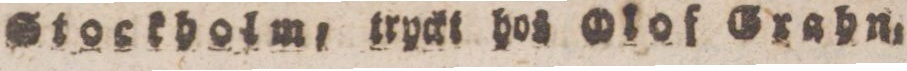
Stockholm, tryckt hos Olof Grahn.